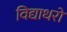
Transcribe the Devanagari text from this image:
विद्याधरो